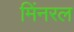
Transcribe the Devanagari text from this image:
मिंनरल